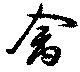
禽